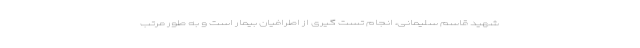
شهید قاسم سلیمانی، انجام تست گیری از اطرافیان بیمار است و به طور مرتب